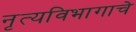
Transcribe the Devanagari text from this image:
नृत्यविभागाचे